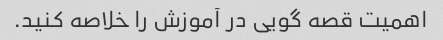
اهمیت قصه گویی در آموزش را خلاصه کنید.